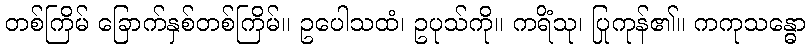
တစ်ကြိမ် ခြောက်နှစ်တစ်ကြိမ်။ ဥပေါသထံ၊ ဥပုသ်ကို။ ကရိံသု၊ ပြုကုန်၏။ ကကုသန္ဓော